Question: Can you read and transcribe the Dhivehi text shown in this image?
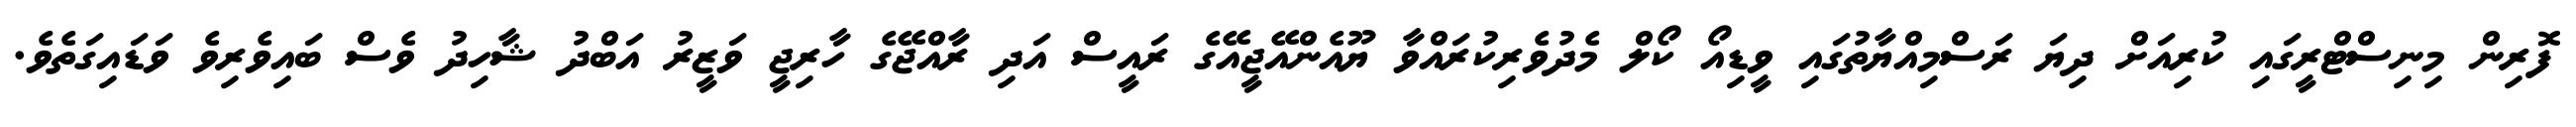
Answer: ފޮރިން މިނިސްޓްރީގައި ކުރިއަށް ދިޔަ ރަސްމިއްޔާތުގައި ވީޑިއޯ ކޯލް މެދުވެރިކުރައްވާ ޔޫއެންއޭޖީއޭގެ ރައީސް އަދި ރާއްޖޭގެ ހާރިޖީ ވަޒީރު އަބްދު ޝާހިދު ވެސް ބައިވެރިވެ ވަޑައިގަތެވެ.